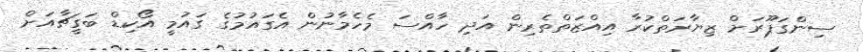
ސިންގަޕޫރަށް ޒިޔާރަތްކުރާ އިއްޒަތްތެރިން އަދި ހާއްސަ މެހެމާނުން އެގައުމުގެ ގައުމީ އޯކިޑް ބަގީޗާއަށް